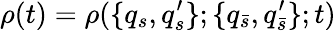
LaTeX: \rho(t)=\rho(\{ q_{s},q_{s}^{\prime}\} ;\{ q_{\bar{s}},q_{\bar{s}}^{\prime}\} ;t)